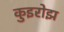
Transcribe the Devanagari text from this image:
कुइरोझ